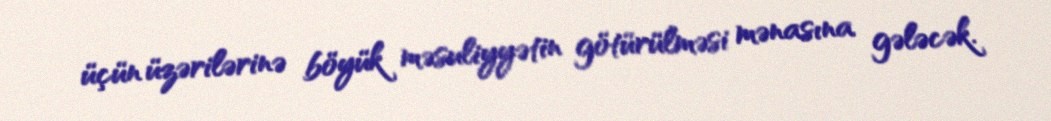
üçün üzərilərinə böyük məsuliyyətin götürülməsi mənasına gələcək.